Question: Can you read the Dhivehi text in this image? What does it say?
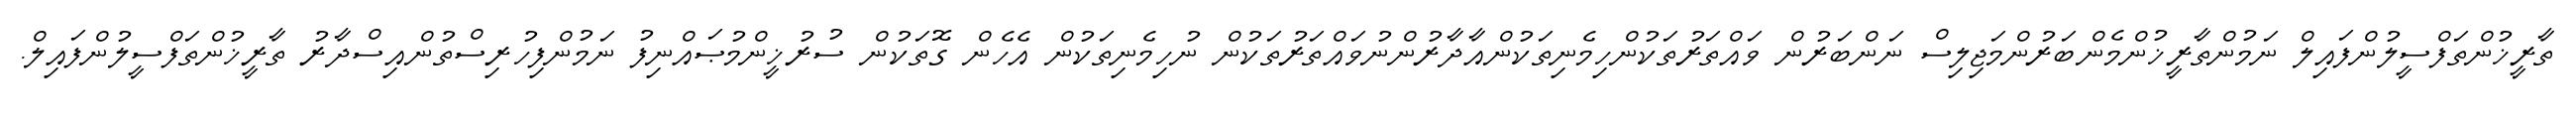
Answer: ތާރީޚުންތަފްސީލުންފައިލް ނަމުންތާރީޚުންމެންބަރުންމަޖިލިސް ނަންބަރުން ވައްތަރުތަކުންހިމެނިތަކުންއާދާރުންނުވައްތަރުތަކުން ނުހިމެނިތަކުން އެހެން ގޮތަކުން ސުރުޚީންމުޞައްނިފު ނަމުންފިހުރިސްތުންއިސްދާރު ތާރީޚުންތަފްސީލުންފައިލް.